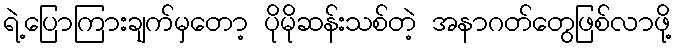
ရဲ့ပြောကြားချက်မှတော့ ပိုမိုဆန်းသစ်တဲ့ အနာဂတ်တွေဖြစ်လာဖို့